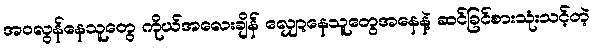
အဝလွန်နေသူတွေ ကိုယ်အလေးချိန် လျှော့နေသူတွေအနေနဲ့ ဆင်ခြင်စားသုံးသင့်တဲ့